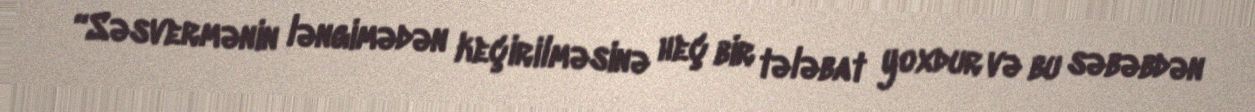
“Səsvermənin ləngimədən keçirilməsinə heç bir tələbat yoxdur və bu səbəbdən